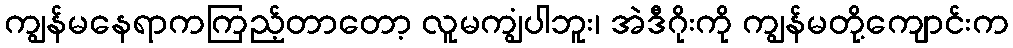
ကျွန်မနေရာကကြည့်တာတော့ လူမကျွံပါဘူး၊ အဲဒီဂိုးကို ကျွန်မတို့ကျောင်းက